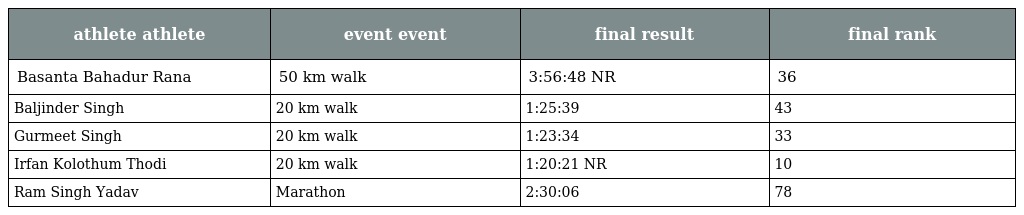
| athlete athlete | event event | final result | final rank |
 | --- | --- | --- | --- |
 | Basanta Bahadur Rana | 50 km walk | 3:56:48 NR | 36 |
 | Baljinder Singh | 20 km walk | 1:25:39 | 43 |
 | Gurmeet Singh | 20 km walk | 1:23:34 | 33 |
 | Irfan Kolothum Thodi | 20 km walk | 1:20:21 NR | 10 |
 | Ram Singh Yadav | Marathon | 2:30:06 | 78 |